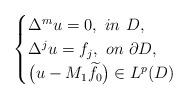
LaTeX: \begin{align*}\begin{cases}\Delta^{m}u=0,\,\,in\,\, D,\\ \Delta^{j}u=f_{j},\,\,on\,\,\partial D,\\ \big(u-M_{1}\widetilde{f}_{0}\big)\in L^{p}(D) \end{cases} \end{align*}